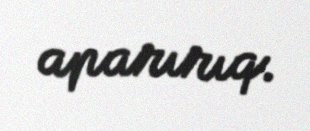
aparırıq.